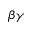
\beta \gamma